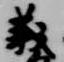
義